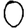
Digit: 0